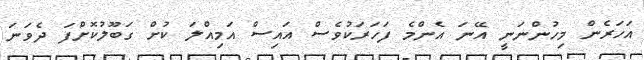
އަހަރެން މިހުންނަނީ އޭނަ އެންމެ ފަހަރަކުވެސް އައިސް އަމިއްލަ ކުށް ގަބޫލުކޮށްފަ ދެވަނަ